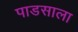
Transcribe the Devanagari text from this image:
पाडसाला